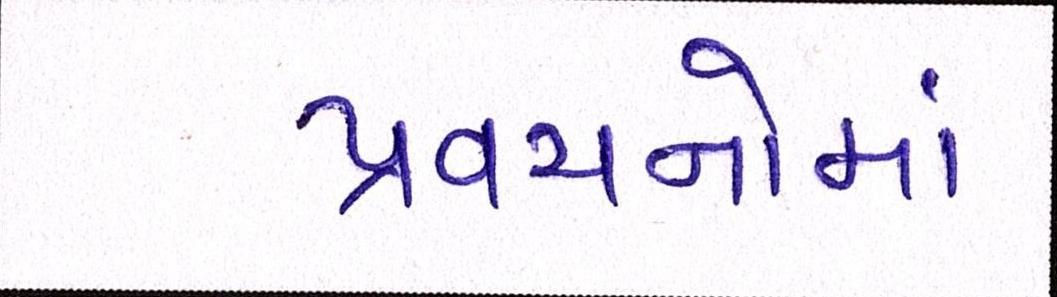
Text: પ્રવચનોમાં